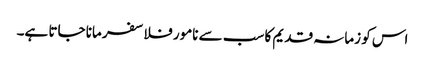
اس کو زمانہ قدیم کا سب سے نامور فلاسفر مانا جاتا ہے۔